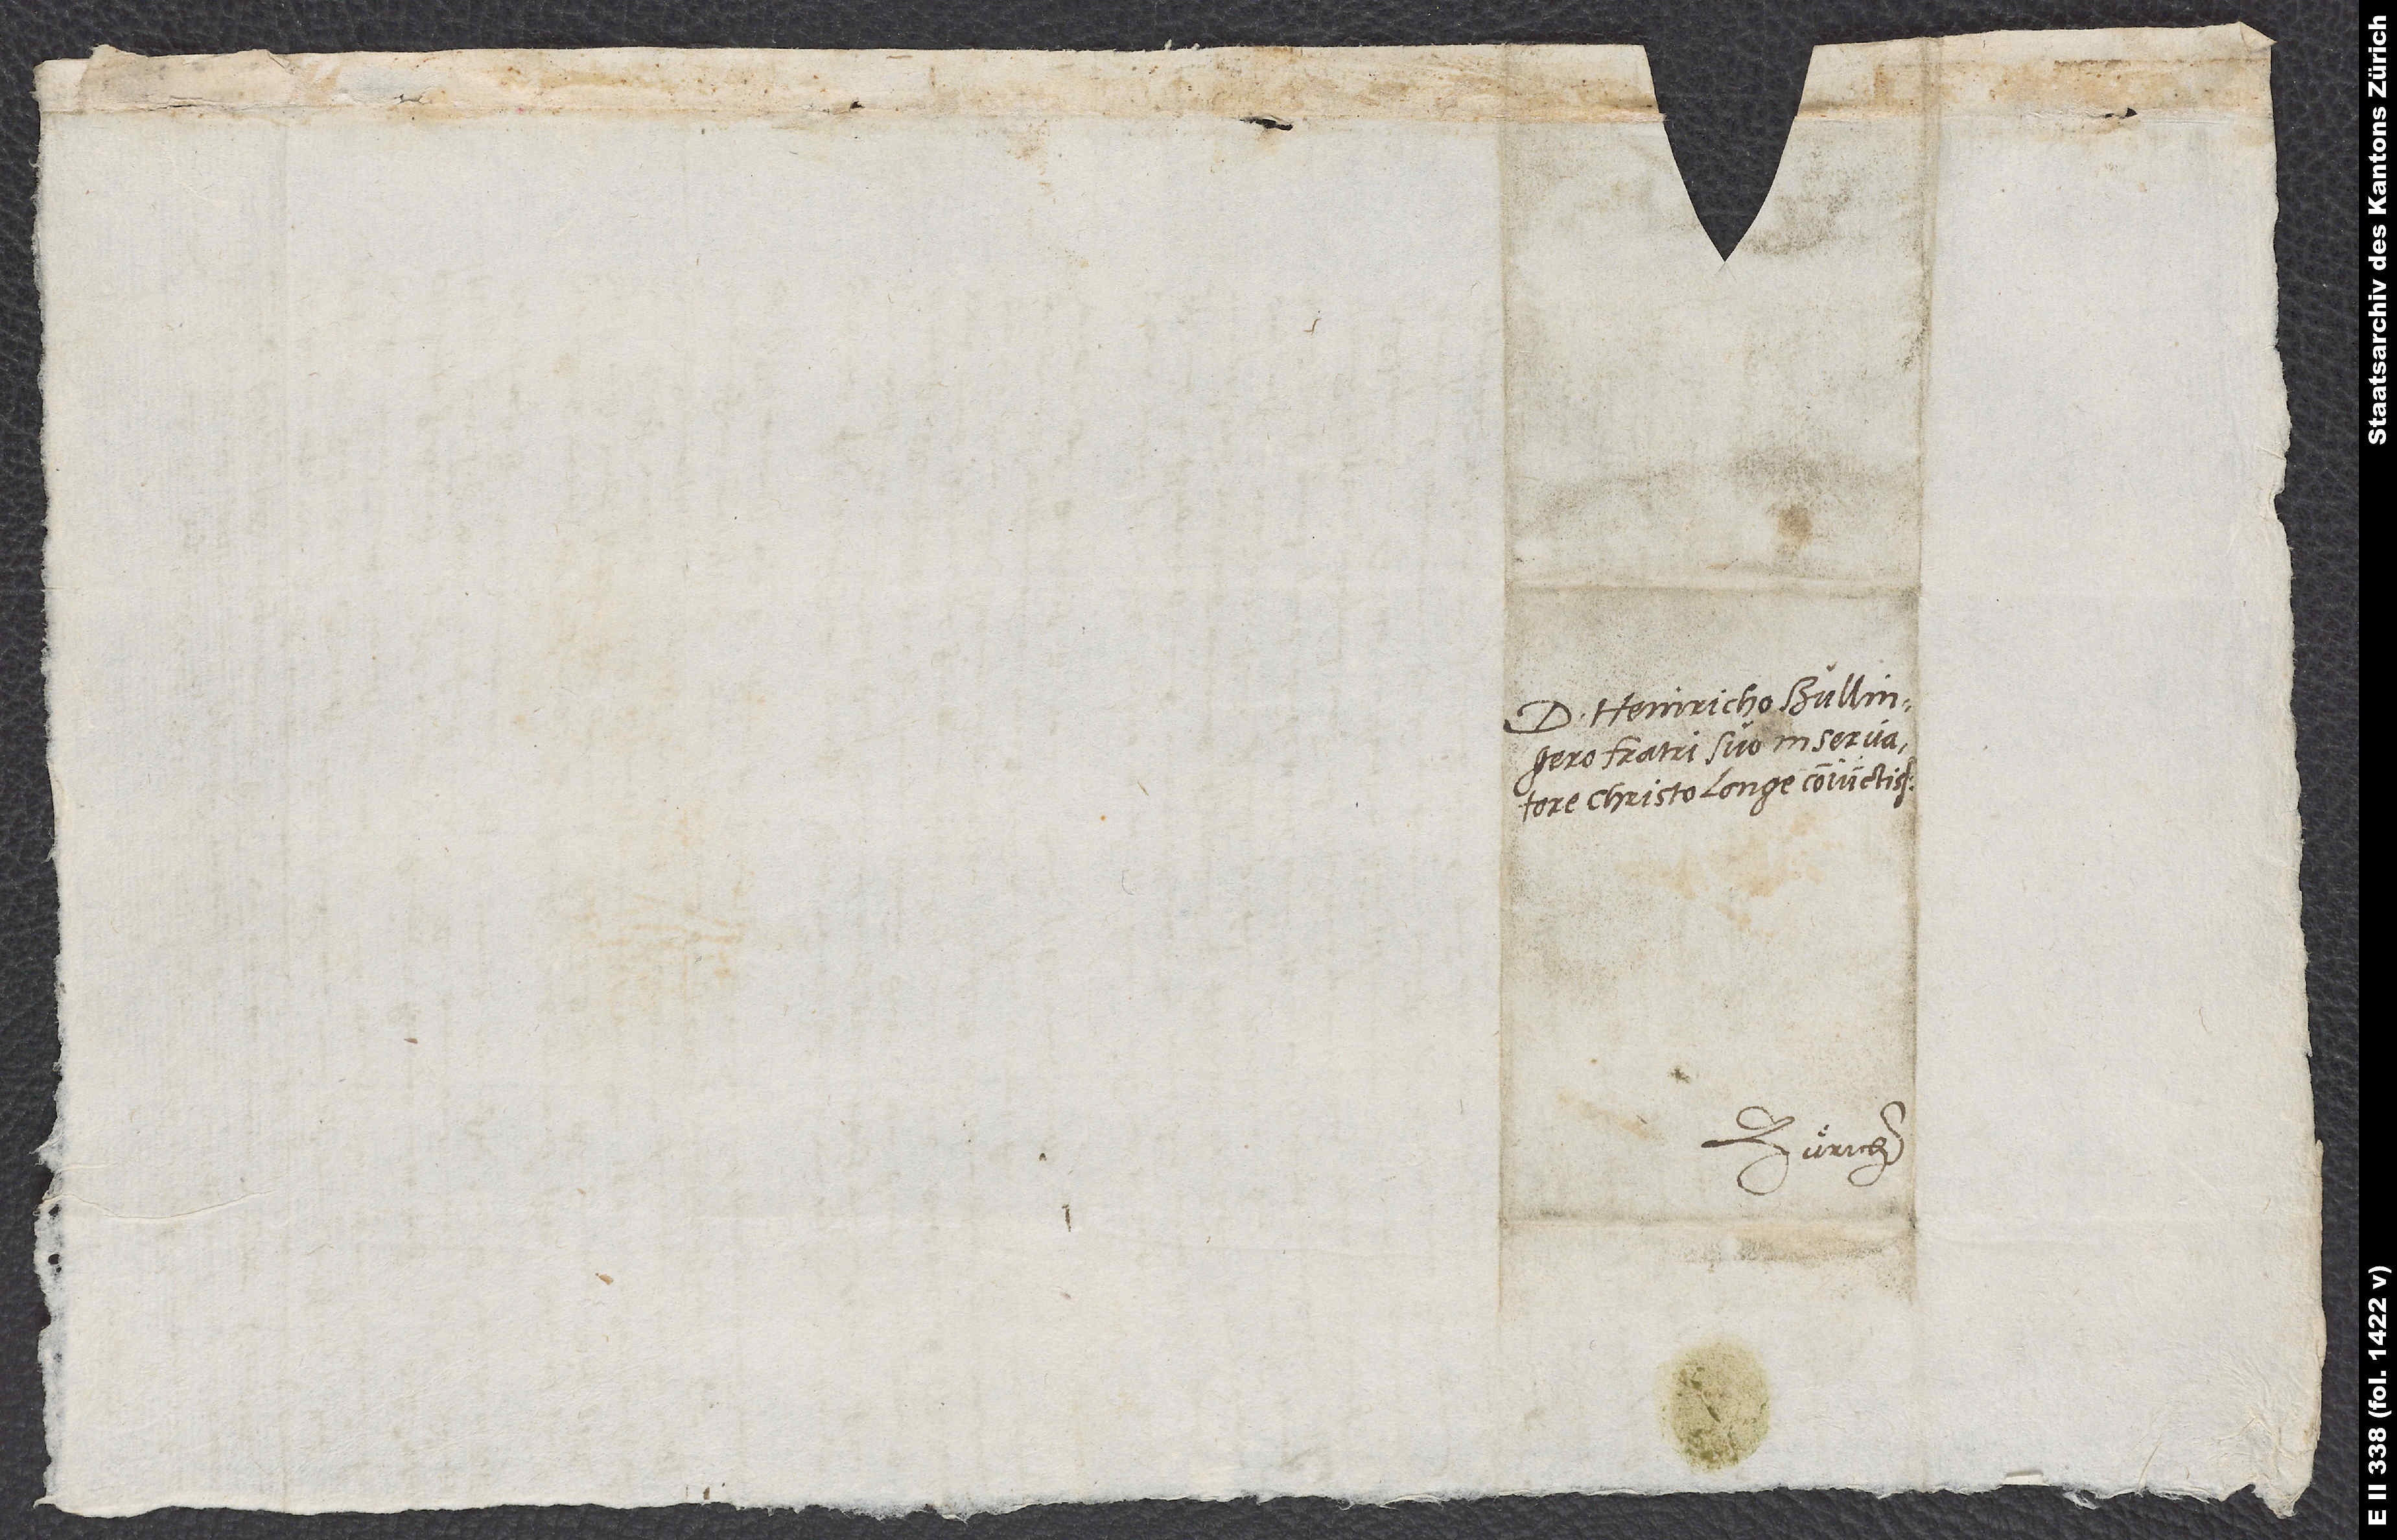
D. Heinricho Bullingero,
fratri suo in servatore
Christo longe coniunctissimo.
Zuͤrich.